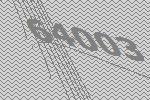
64003